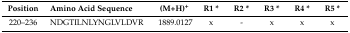
| Position | Amino Acid Sequence | (M+H)+ | R1 * | R2 * | R3 * | R4 * | R5 * |
 | --- | --- | --- | --- | --- | --- | --- | --- |
 | 220–236 | NDGTILNLYNGLVLDVR | 1889.0127 | x | - | x | x | x |